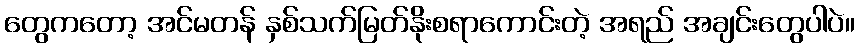
တွေကတော့ အင်မတန် နှစ်သက်မြတ်နိုးစရာကောင်းတဲ့ အရည် အချင်းတွေပါပဲ။